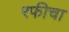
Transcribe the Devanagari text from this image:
रफीचा